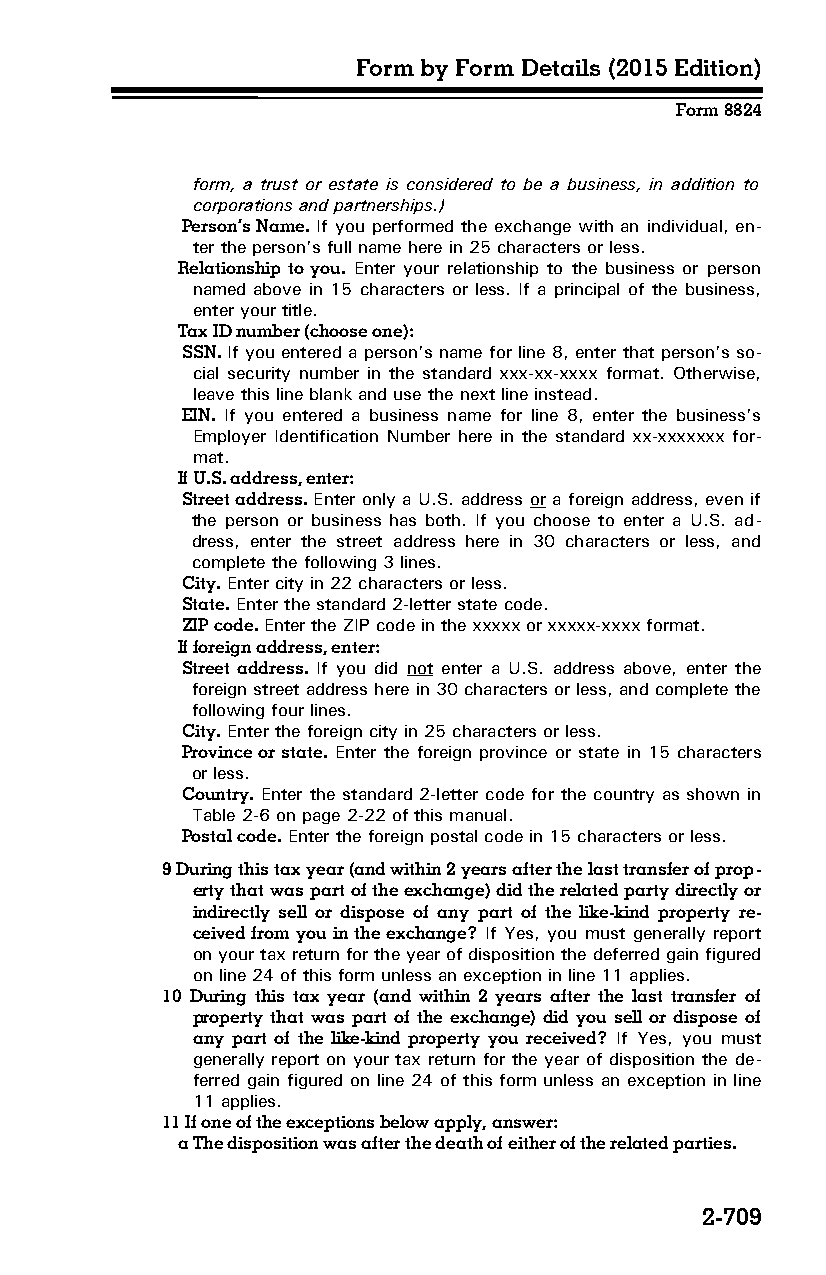
Form by Form Details (2015 Edition)
 Form 8824
 form, a trust or estate is considered to be a business, in addition to
 corporations and partnerships.)
 Person’s Name. If you performed the exchange with an individual, en­
 ter the person’s full name here in 25 characters or less.
 Relationship to you. Enter your relationship to the business or person
 named above in 15 characters or less. If a principal of the business,
 enter your title.
 Tax ID number (choose one):
 SSN. If you entered a person’s name for line 8, enter that person’s so­
 cial security number in the standard xxx-xx-xxxx format. Otherwise,
 leave this line blank and use the next line instead.
 EIN. If you entered a business name for line 8, enter the business’s
 Employer Identification Number here in the standard xx-xxxxxxx for­
 mat.
 If U.S. address, enter:
 Street address. Enter only a U.S. address or a foreign address, even if
 the person or business has both. If you choose to enter a U.S. ad­
 dress, enter the street address here in 30 characters or less, and
 complete the following 3 lines.
 City. Enter city in 22 characters or less.
 State. Enter the standard 2-letter state code.
 ZIP code. Enter the ZIP code in the xxxxx or xxxxx-xxxx format.
 If foreign address, enter:
 Street address. If you did not enter a U.S. address above, enter the
 foreign street address here in 30 characters or less, and complete the
 following four lines.
 City. Enter the foreign city in 25 characters or less.
 Province or state. Enter the foreign province or state in 15 characters
 or less.
 Country. Enter the standard 2-letter code for the country as shown in
 Table 2-6 on page 2-22 of this manual.
 Postal code. Enter the foreign postal code in 15 characters or less.
 9 During this tax year (and within 2 years after the last transfer of prop­
 erty that was part of the exchange) did the related party directly or
 indirectly sell or dispose of any part of the like-kind property re­
 ceived from you in the exchange? If Yes, you must generally report
 on your tax return for the year of disposition the deferred gain figured
 on line 24 of this form unless an exception in line 11 applies.
 10 During this tax year (and within 2 years after the last transfer of
 property that was part of the exchange) did you sell or dispose of
 any part of the like-kind property you received? If Yes, you must
 generally report on your tax return for the year of disposition the de­
 ferred gain figured on line 24 of this form unless an exception in line
 11 applies.
 11 If one of the exceptions below apply, answer:
 a The disposition was after the death of either of the related parties.
 2-709